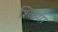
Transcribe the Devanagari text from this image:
श्किया